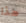
هذا